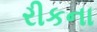
રીકના